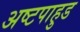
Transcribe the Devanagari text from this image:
अष्टपाहुड